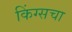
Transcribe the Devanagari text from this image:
किंग्सचा